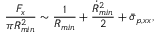
\frac { F _ { x } } { \pi R _ { m i n } ^ { 2 } } \sim \frac { 1 } { R _ { m i n } } + \frac { \dot { R } _ { m i n } ^ { 2 } } { 2 } + \bar { \sigma } _ { p , x x } ,